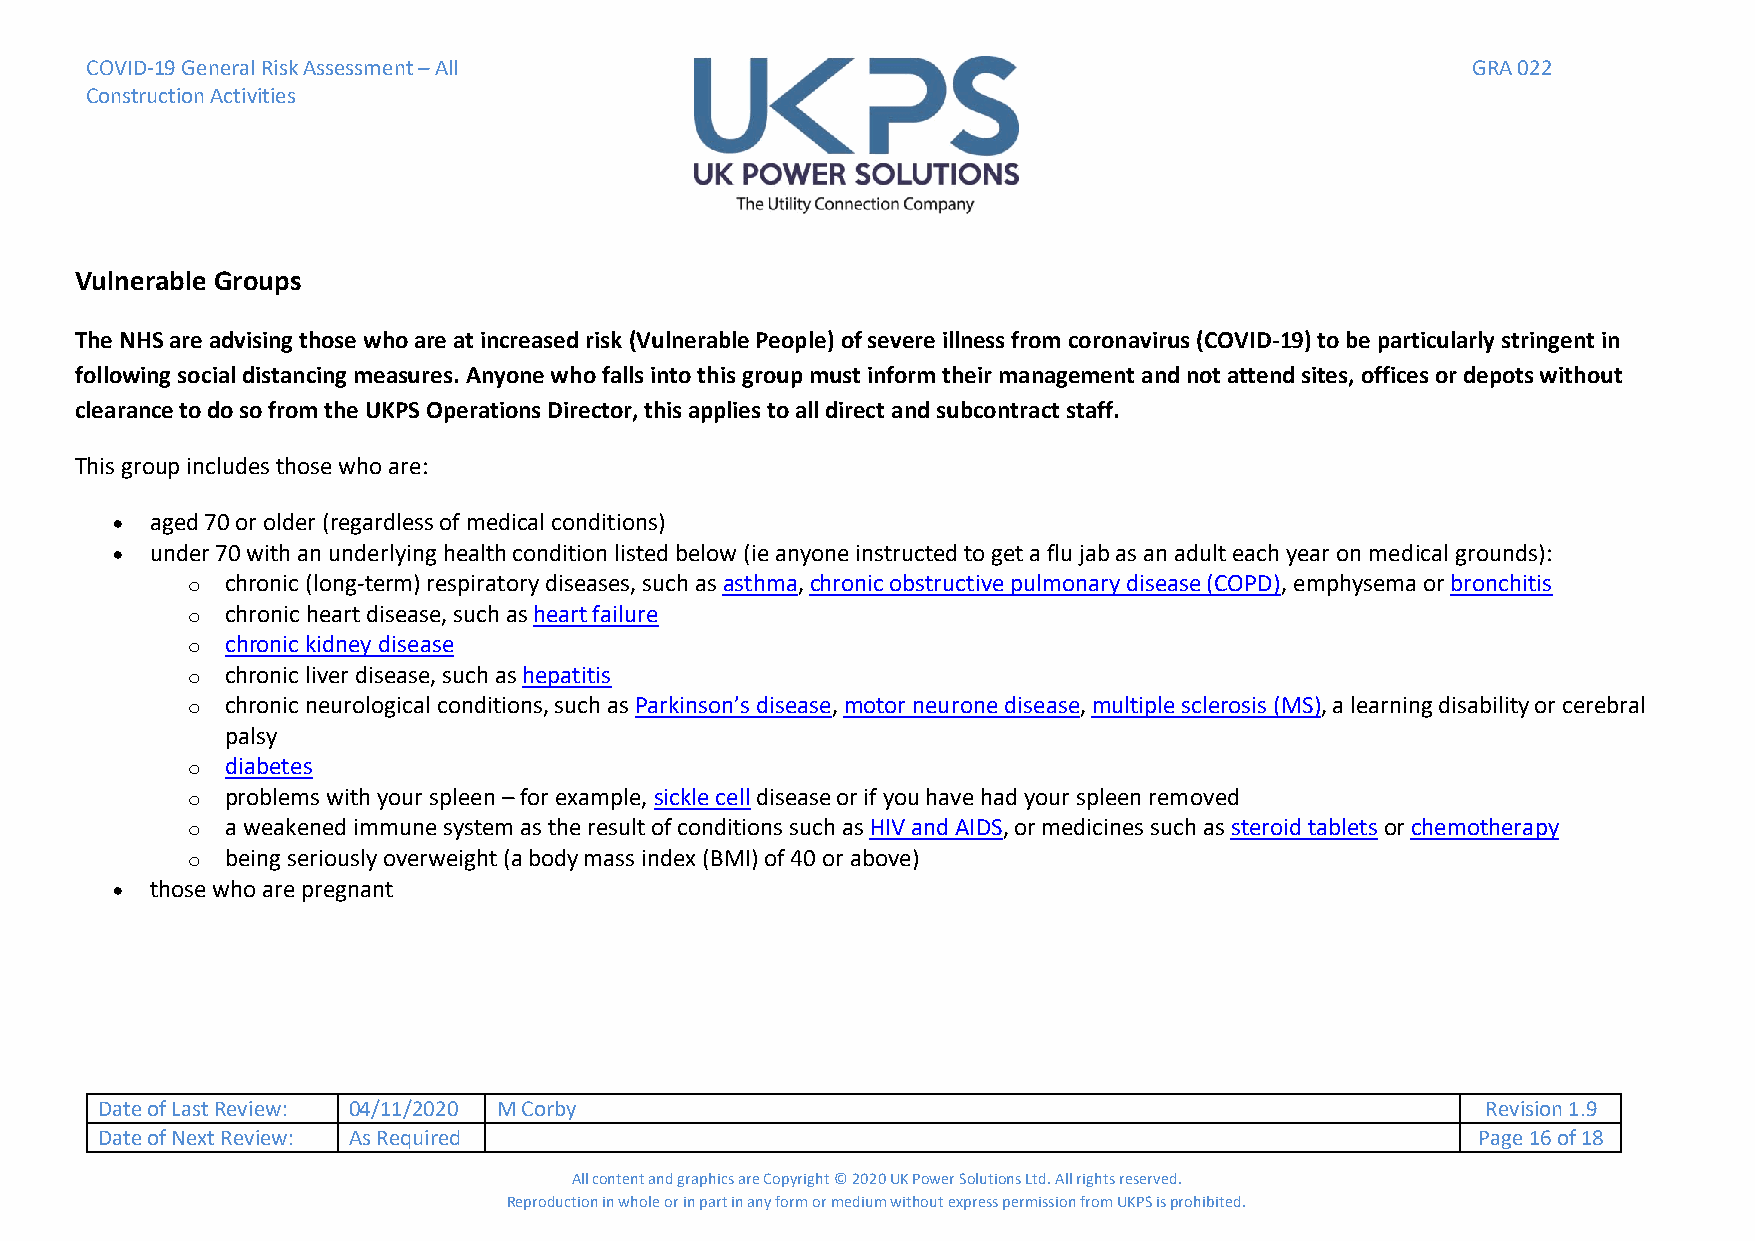
COVID-19 General Risk Assessment – All                                                     GRA 022
 Construction Activities
 Vulnerable Groups
 The NHS are advising those who are at increased risk (Vulnerable People) of severe illness from coronavirus (COVID-19) to be particularly stringent in
 following social distancing measures. Anyone who falls into this group must inform their management and not attend sites, offices or depots without
 clearance to do so from the UKPS Operations Director, this applies to all direct and subcontract staff.
 This group includes those who are:
 •  aged 70 or older (regardless of medical conditions)
 •  under 70 with an underlying health condition listed below (ie anyone instructed to get a flu jab as an adult each year on medical grounds):
 o  chronic (long-term) respiratory diseases, such as asthma, chronic obstructive pulmonary disease (COPD), emphysema or bronchitis
 o  chronic heart disease, such as heart failure
 o  chronic kidney disease
 o  chronic liver disease, such as hepatitis
 o  chronic neurological conditions, such as Parkinson’s disease, motor neurone disease, multiple sclerosis (MS), a learning disability or cerebral
 palsy
 o  diabetes
 o  problems with your spleen – for example, sickle cell disease or if you have had your spleen removed
 o  a weakened immune system as the result of conditions such as HIV and AIDS, or medicines such as steroid tablets or chemotherapy
 o  being seriously overweight (a body mass index (BMI) of 40 or above)
 •  those who are pregnant
 Date of Last Review: 04/11/2020 M Corby                                                     Revision 1.9
 Date of Next Review: As Required                                                            Page 16 of 18
 All content and graphics are Copyright © 2020 UK Power Solutions Ltd. All rights reserved.
 Reproduction in whole or in part in any form or medium without express permission from UKPS is prohibited.